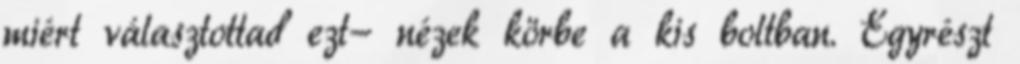
miért választottad ezt- nézek körbe a kis boltban. Egyrészt